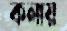
কলায়